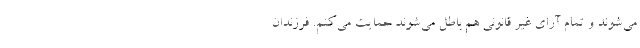
می‌شوند و تمام آرای غیر قانونی هم باطل می‌شوند حمایت می‌کنم. فرزندان